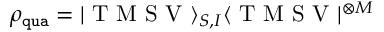
\rho _ { \mathtt { q u a } } = | \mathrm { ~ T ~ M ~ S ~ V ~ } \rangle _ { S , I } \langle \mathrm { ~ T ~ M ~ S ~ V ~ } | ^ { \otimes M }